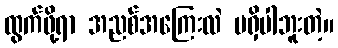
ထွက်ဖို့ရာ အညစ်အကြေးလဲ မရှိပါဘူးတဲ့။